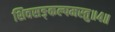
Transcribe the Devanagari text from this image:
शिवसङ्कल्पमस्तु॥४॥